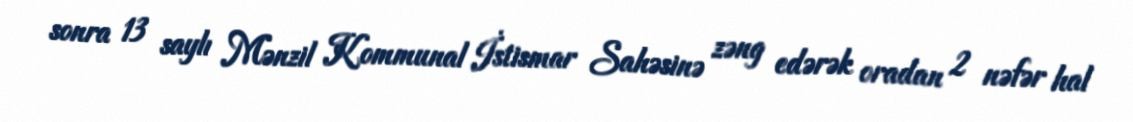
sonra 13 saylı Mənzil Kommunal İstismar Sahəsinə zəng edərək oradan 2 nəfər hal